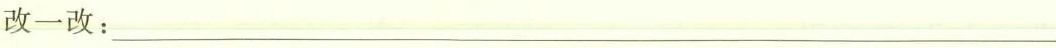
改一改：___